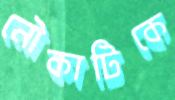
নৌকাটিকে